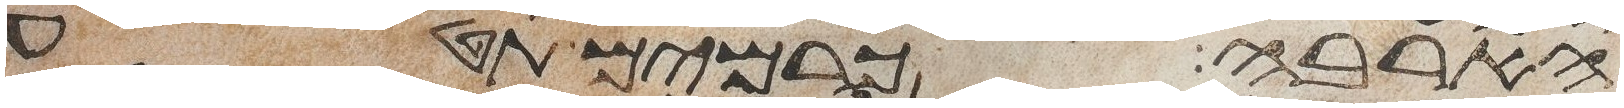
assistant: הארבה כרמים תטע